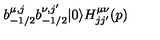
b _ { - 1 / 2 } ^ { \mu , j } b _ { - 1 / 2 } ^ { \nu , j ^ { \prime } } | 0 \rangle H _ { j j ^ { \prime } } ^ { \mu \nu } ( p )